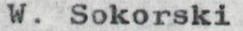
W. Sokorski